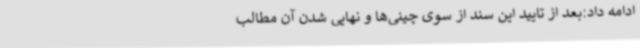
ادامه داد:بعد از تایید این سند از سوی چینی‌ها و نهایی شدن آن مطالب